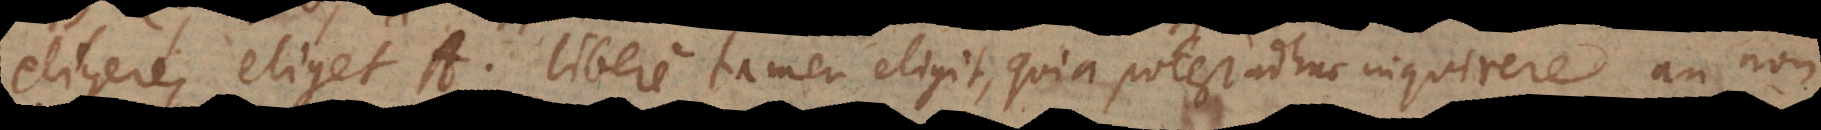
eligere, eliget A. Libere tamen eligit, quia potest adhuc inquirere, an non